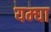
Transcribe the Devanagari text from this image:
यम्घा